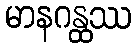
မာနဂန္ထဿ